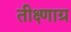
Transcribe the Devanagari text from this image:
तीक्ष्णाग्र